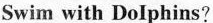
Swim with Dolphins?